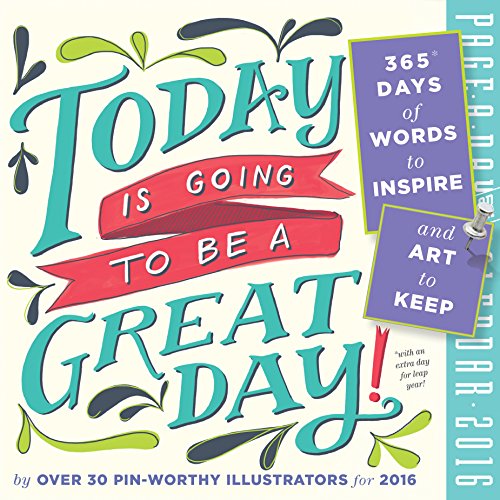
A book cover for Today Is Going to Be a Great Day! Color Page-A-Day Calendar 2016; Workman Publishing; Calendars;